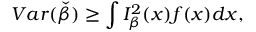
V a r ( \check { \beta } ) \geq \int I _ { \beta } ^ { 2 } ( x ) f ( x ) d x ,